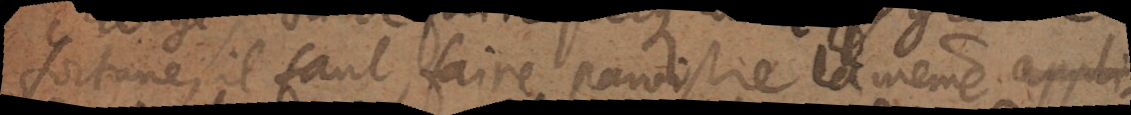
fortune, il faut faire paroistre la même appli